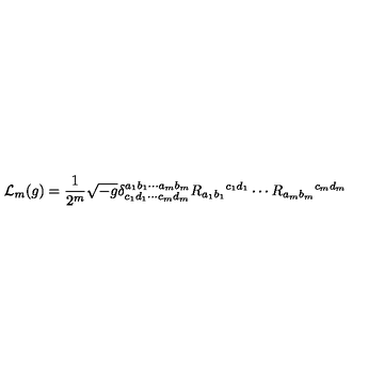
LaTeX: { \cal L } _ { m } ( g ) = \frac { 1 } { 2 ^ { m } } \sqrt { - g } \delta _ { c _ { 1 } d _ { 1 } \cdots c _ { m } d _ { m } } ^ { a _ { 1 } b _ { 1 } \cdots a _ { m } b _ { m } } R _ { a _ { 1 } b _ { 1 } } { } ^ { c _ { 1 } d _ { 1 } } \cdots R _ { a _ { m } b _ { m } } { } ^ { c _ { m } d _ { m } }